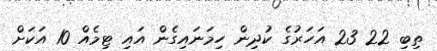
ތިބި 22 23 އަހަރުގެ ކުދިން ހިމަނައިގެން އައި ޓިމެއް 10 އަކަށް